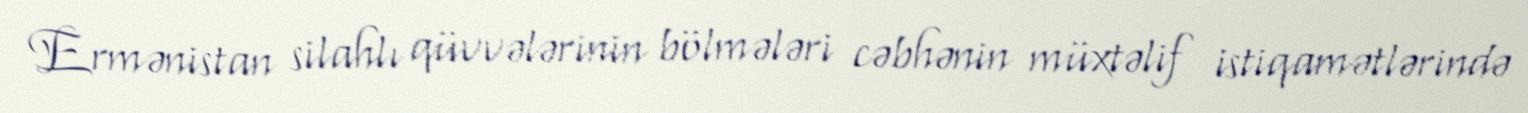
Ermənistan silahlı qüvvələrinin bölmələri cəbhənin müxtəlif istiqamətlərində